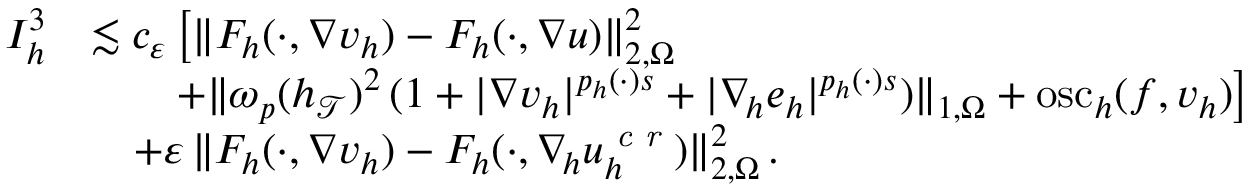
\begin{array} { r } { \begin{array} { r l } { I _ { h } ^ { 3 } } & { \lesssim c _ { \varepsilon } \, \big [ \| F _ { h } ( \cdot , \nabla v _ { h } ) - F _ { h } ( \cdot , \nabla u ) \| _ { 2 , \Omega } ^ { 2 } } \\ & { \quad \quad + \| \omega _ { p } ( h _ { \mathcal { T } } ) ^ { 2 } \, ( 1 + \vert \nabla v _ { h } \vert ^ { p _ { h } ( \cdot ) s } + \vert \nabla _ { \! h } e _ { h } \vert ^ { p _ { h } ( \cdot ) s } ) \| _ { 1 , \Omega } + \mathrm { o s c } _ { h } ( f , v _ { h } ) \big ] } \\ & { \quad + \varepsilon \, \| F _ { h } ( \cdot , \nabla v _ { h } ) - F _ { h } ( \cdot , \nabla _ { \! h } u _ { h } ^ { \textit { c r } } ) \| _ { 2 , \Omega } ^ { 2 } \, . } \end{array} } \end{array}